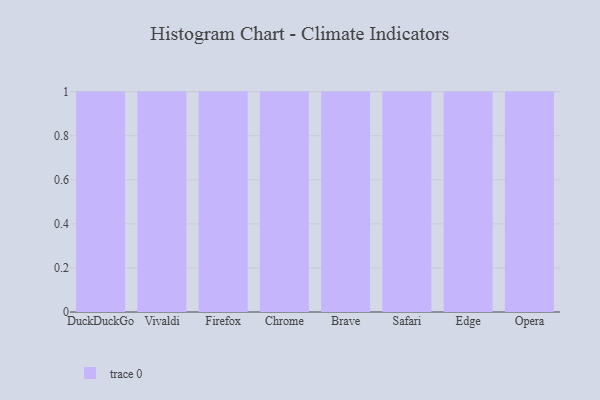
{"axis": {"x": "Browser", "y": "LTV (USD)"}, "legend": [""], "data": [{"x": "DuckDuckGo", "y": 96, "type": ""}, {"x": "Vivaldi", "y": 78, "type": ""}, {"x": "Firefox", "y": 29, "type": ""}, {"x": "Chrome", "y": 95, "type": ""}, {"x": "Brave", "y": 3, "type": ""}, {"x": "Safari", "y": 68, "type": ""}, {"x": "Edge", "y": 39, "type": ""}, {"x": "Opera", "y": 11, "type": ""}]}